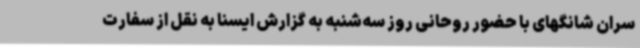
سران شانگهای با حضور روحانی روز سه‌شنبه به گزارش ایسنا به نقل از سفارت